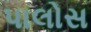
પાલોસ